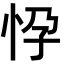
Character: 𢘩